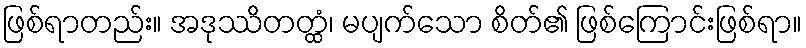
ဖြစ်ရာတည်း။ အဒုဿိတတ္ထံ၊ မပျက်သော စိတ်၏ ဖြစ်ကြောင်းဖြစ်ရာ။